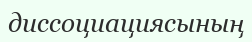
диссоциациясының